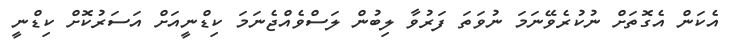
އެކަން އެގޮތަށް ނުކުރެވޭނަމަ ނުވަތަ ފަރުވާ ލިބުން ލަސްވެއްޖެނަމަ ކިޑްނީއަށް އަސަރުކޮށް ކިޑްނީ